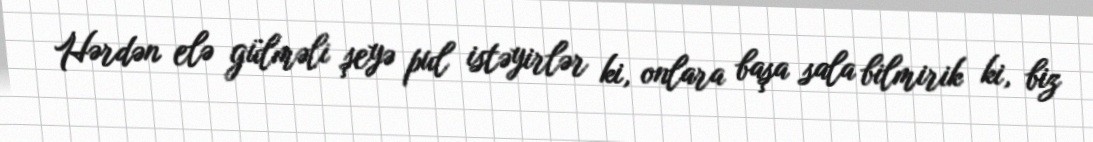
Hərdən elə gülməli şeyə pul istəyirlər ki, onlara başa sala bilmirik ki, biz